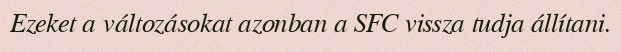
Ezeket a változásokat azonban a SFC vissza tudja állítani.